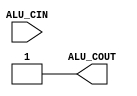
module ALUcontrol(ALU_CIN, ALU_COUT);

input [4:0] ALU_CIN;
output ALU_COUT;


assign ALU_COUT = 1'b1;
endmodule